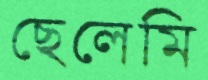
ছেলেমি